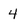
Character: 4